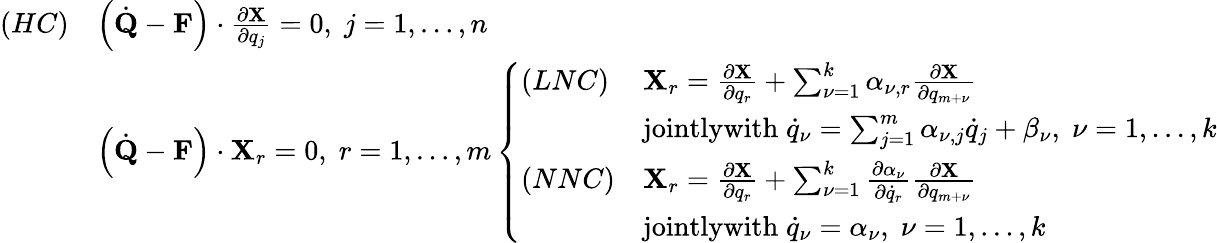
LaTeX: \begin{array}{ll}{(HC)}&{\left({\dot{\mathbf Q}}-{\mathbf F}\right)\cdot\frac{\partial{\mathbf X}}{\partial q_{j}}=0,\; j=1,\dots,n}\\ &{\left({\dot{\mathbf Q}}-{\mathbf F}\right)\cdot{\mathbf X}_{r}=0,\; r=1,\dots,m\left\{ \begin{array}{ll}{(LNC)}&{{\mathbf X}_{r}=\frac{\partial{\mathbf X}}{\partial q_{r}}+\sum_{\nu=1}^{k}\alpha_{\nu,r}\frac{\partial{\mathbf X}}{\partial q_{m+\nu}}}\\ &{\textrm{jointlywith}\; {\dot{q}}_{\nu}=\sum_{j=1}^{m}\alpha_{\nu,j}{\dot{q}}_{j}+\beta_{\nu},\; \nu=1,\dots,k}\\ {(NNC)}&{{\mathbf X}_{r}=\frac{\partial{\mathbf X}}{\partial q_{r}}+\sum_{\nu=1}^{k}\frac{\partial\alpha_{\nu}}{\partial{\dot{q}}_{r}}\frac{\partial{\mathbf X}}{\partial q_{m+\nu}}}\\ &{\textrm{jointlywith}\; {\dot{q}}_{\nu}=\alpha_{\nu},\; \nu=1,\dots,k}\end{array}\right.}\end{array}